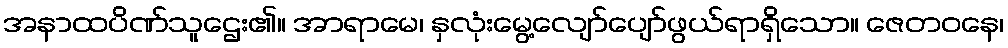
အနာထပိဏ်သူဌေး၏။ အာရာမေ၊ နှလုံးမွေ့လျော်ပျော်ဖွယ်ရာရှိသော။ ဇေတဝနေ၊